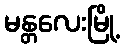
မန္တလေးမြို့